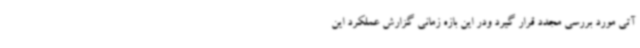
آتی مورد بررسی مجدد قرار گیرد ودر این بازه زمانی گزارش عملکرد این